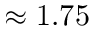
\approx 1 . 7 5